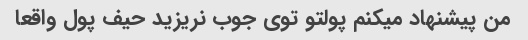
من پیشنهاد میکنم پولتو توی جوب نریزید حیف پول واقعا